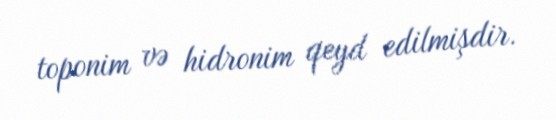
toponim və hidronim qeyd edilmişdir.